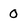
Character: 0